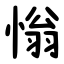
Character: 慃